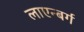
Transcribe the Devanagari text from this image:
लाएन्बर्ग